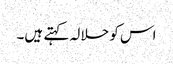
اس کو حلالہ کہتے ہیں۔